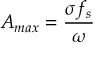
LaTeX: A _ { m a x } = { \frac { \sigma f _ { s } } { \omega } }